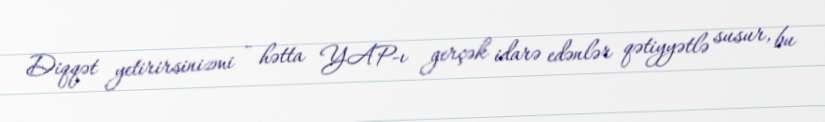
Diqqət yetirirsinizmi - hətta YAP-ı gerçək idarə edənlər qətiyyətlə susur, bu